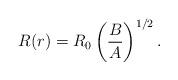
LaTeX: \begin{align*}R(r) = R_{0} \left( \frac{B}{A} \right)^{1/2}.\end{align*}